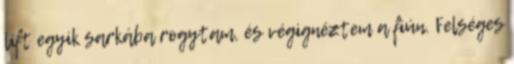
lift egyik sarkába rogytam, és végignéztem a fiún. Felséges